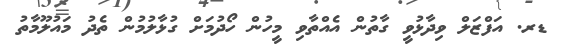
ޑރ. އަފްޒަލް ވިދާޅުވީ ގާތުން އެއްތާވި މީހުން ހޯދުމަށް ގުޅާލުމުން ތެދު މައުލޫމާތު